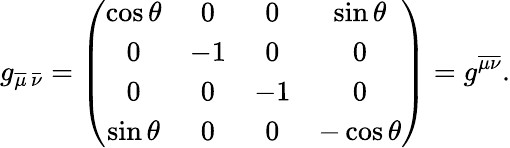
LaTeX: g_{\overline{{{\mu}}}\, \overline{{{\nu}}}}=\left(\begin{array}{cccc}{{\cos\theta}}&{{0}}&{{0}}&{{\sin\theta}}\\ {{0}}&{{-1}}&{{0}}&{{0}}\\ {{0}}&{{0}}&{{-1}}&{{0}}\\ {{\sin\theta}}&{{0}}&{{0}}&{{-\cos\theta}}\end{array}\right)=g^{\overline{{{\mu\nu}}}}.